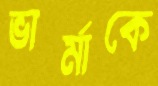
ভার্মাকে